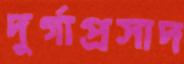
দুর্গাপ্রসাদ